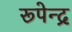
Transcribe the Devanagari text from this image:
रूपेन्द्र